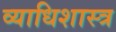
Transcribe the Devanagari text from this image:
व्याधिशास्त्र